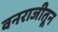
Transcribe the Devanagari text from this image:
वनराजीतून